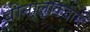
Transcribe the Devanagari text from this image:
बीनालाकवामी